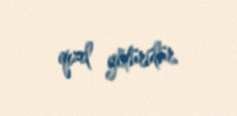
qızıl götürülür.